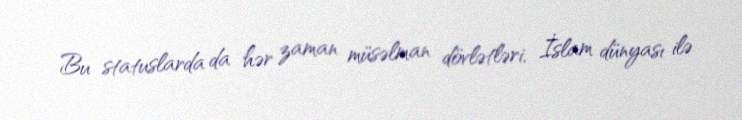
Bu statuslarda da hər zaman müsəlman dövlətləri, İslam dünyası ilə